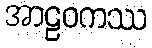
အာဠဝကဿ